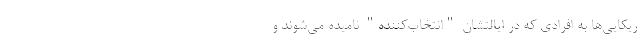
ریکایی‌ها به افرادی که در ایالتشان "انتخاب‌کننده" نامیده می‌شوند و